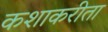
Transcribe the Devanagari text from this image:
कशाकरीता